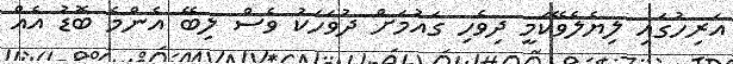
އަރިހުގައި ލިޔެލެވޭކަމީ ދިވެހި ގައުމަށް ދުވަހަކު ވެސް ލިބޭ އެންމެ ބޮޑު އެއް